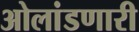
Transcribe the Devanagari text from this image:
ओलांडणारी